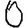
Digit: 0